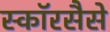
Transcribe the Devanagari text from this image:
स्कॉरसैसे